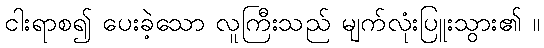
ငါးရာစ၍ ပေးခဲ့သော လူကြီးသည် မျက်လုံးပြူးသွား၏ ။